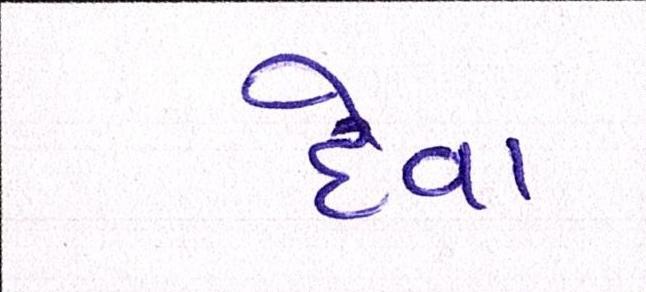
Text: દેવા